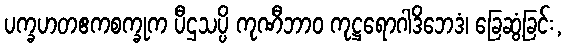
ပက္ခဟတဧကစက္ခုက ပီဌသပ္ပိ ကုဏီဘာဝ ကုဋ္ဌရောဂါဒိဘေဒံ၊ ခြေဆွံ့ခြင်း,